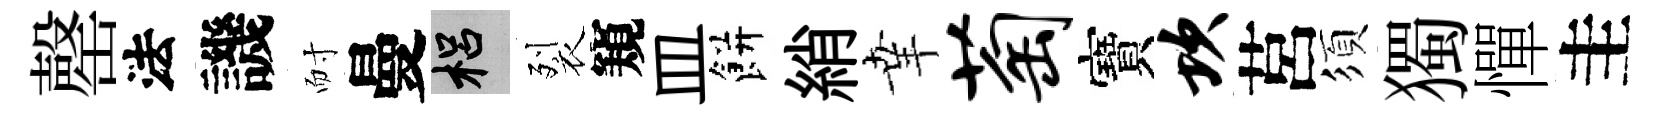
罄法譏耐曼梠裂窺皿餅綃𦍒萄寶坎莒須獨憚圭